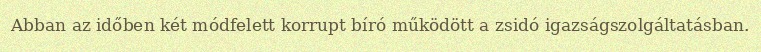
Abban az időben két módfelett korrupt bíró működött a zsidó igazságszolgáltatásban.